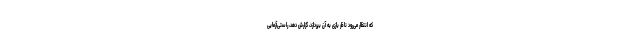
که انتظار می‌رود ناظر بازی به آن بپردازد، گزارش دهد، راستی‌آزمایی